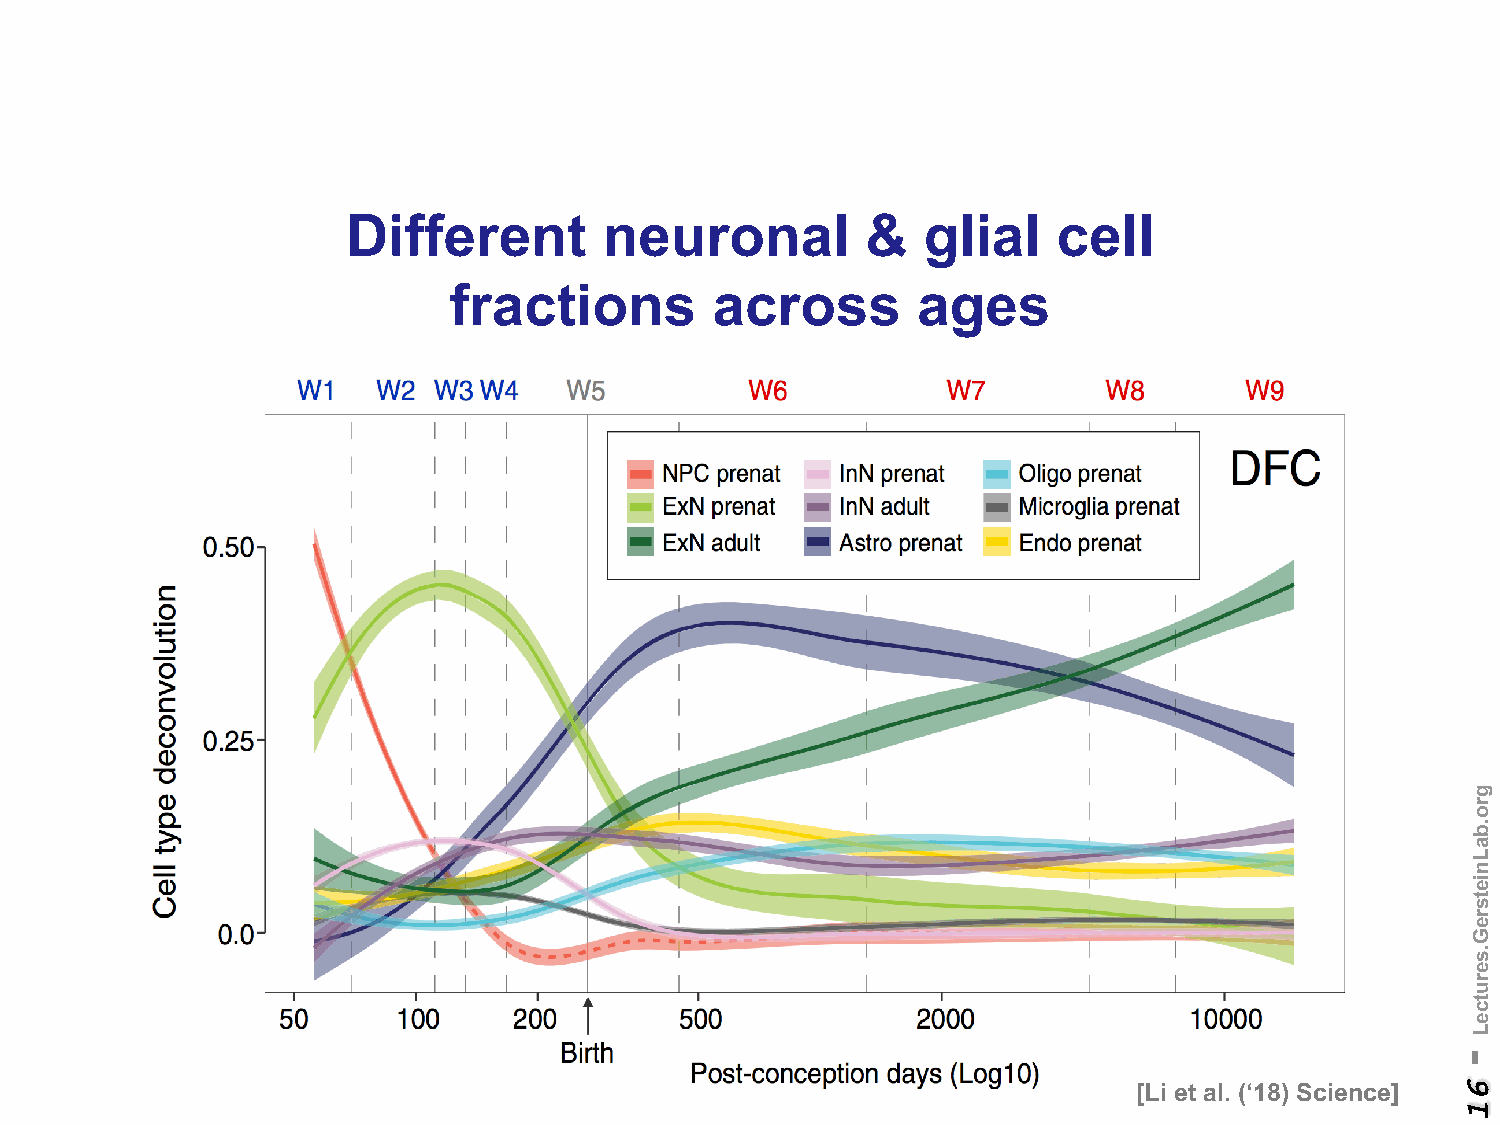
Different        neuronal         &   glial    cell
 fractions        across        ages
 [Li et al. (‘18) Science]
 -
 61
 gro.baLnietsreG.serutceL